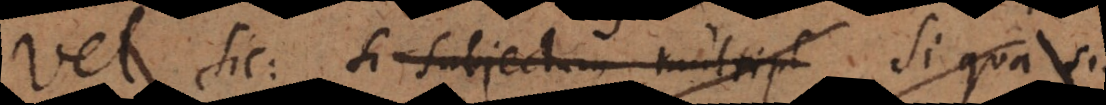
Vel sic: Si subjectum multipl Si qua sit